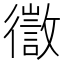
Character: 徾